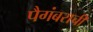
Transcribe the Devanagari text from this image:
पैगंबराची